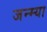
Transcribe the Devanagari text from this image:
जन्म्या